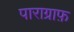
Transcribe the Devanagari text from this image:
पाराग्राफ़